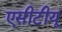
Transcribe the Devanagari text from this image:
एसीटीयू